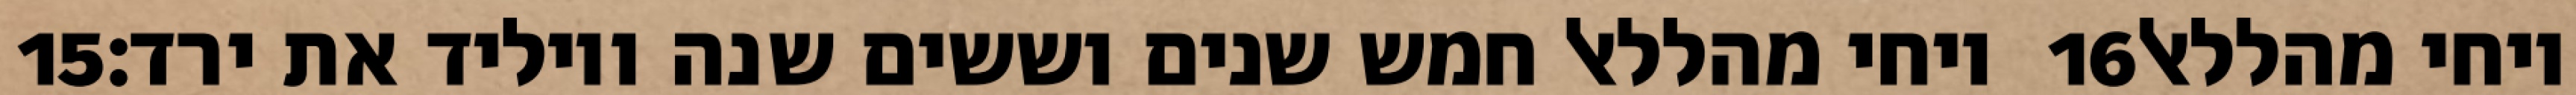
‎15‏ ויחי מהללאל חמש שנים וששים שנה ויוליד את ירד׃ ‎16‏ ויחי מהללאל